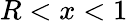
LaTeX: R<x<1